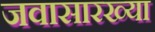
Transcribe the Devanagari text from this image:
जवासारख्या